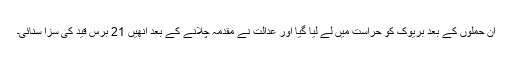
ان حملوں کے بعد بریوک کو حراست میں لے لیا گیا اور عدالت نے مقدمہ چلانے کے بعد انھیں 21 برس قید کی سزا سنائی۔